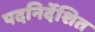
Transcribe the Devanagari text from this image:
पदनिर्देशित